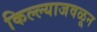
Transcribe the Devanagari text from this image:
किल्ल्याजवळून